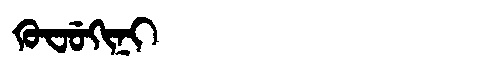
Manchu: ᡴᡠᠸᡠᡴᡳᠨᡳ
Romanization: KUFUKINI